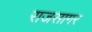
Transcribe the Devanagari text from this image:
राजसागर